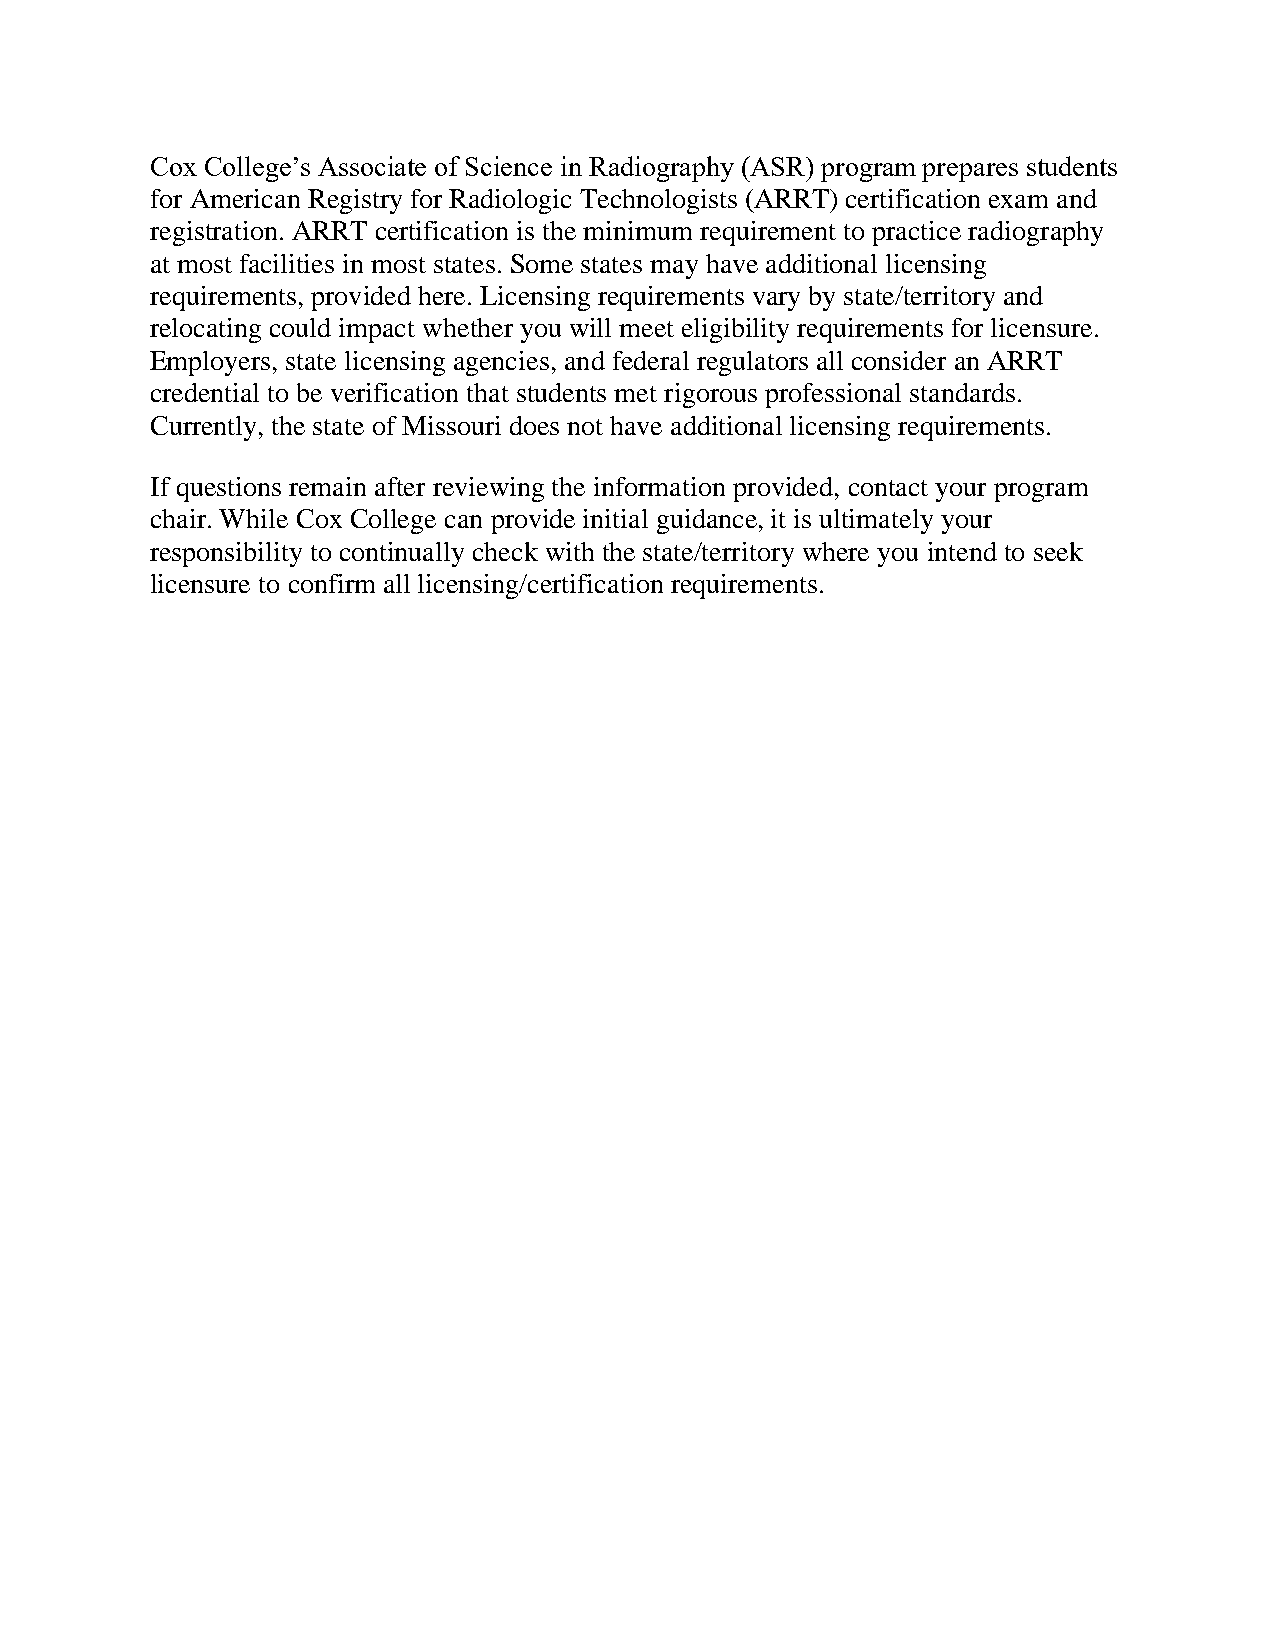
Cox College’s Associate of Science in Radiography (ASR) program prepares students
 for American Registry for Radiologic Technologists (ARRT) certification exam and
 registration. ARRT certification is the minimum requirement to practice radiography
 at most facilities in most states. Some states may have additional licensing
 requirements, provided here. Licensing requirements vary by state/territory and
 relocating could impact whether you will meet eligibility requirements for licensure.
 Employers, state licensing agencies, and federal regulators all consider an ARRT
 credential to be verification that students met rigorous professional standards.
 Currently, the state of Missouri does not have additional licensing requirements.
 If questions remain after reviewing the information provided, contact your program
 chair. While Cox College can provide initial guidance, it is ultimately your
 responsibility to continually check with the state/territory where you intend to seek
 licensure to confirm all licensing/certification requirements.